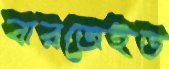
বারজেইত